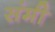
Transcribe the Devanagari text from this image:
संमी